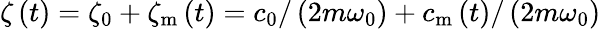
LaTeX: \zeta\left(t\right)=\zeta_{0}+\zeta_{\mathrm{m}}\left(t\right)=c_{0}/\left(2m\omega_{0}\right)+c_{\mathrm{m}}\left(t\right)/\left(2m\omega_{0}\right)